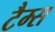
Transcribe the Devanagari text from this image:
टैम्स